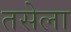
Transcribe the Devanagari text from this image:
तसेला